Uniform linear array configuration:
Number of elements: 48
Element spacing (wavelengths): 0.5
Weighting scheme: blackman
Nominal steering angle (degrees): -60
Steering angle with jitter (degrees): -60.83
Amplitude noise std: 0.05
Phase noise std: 0.05

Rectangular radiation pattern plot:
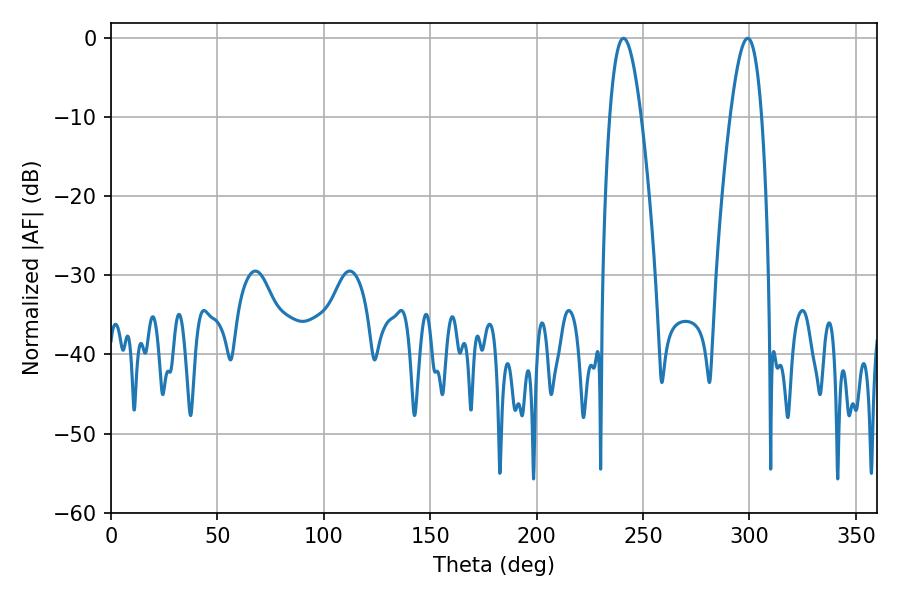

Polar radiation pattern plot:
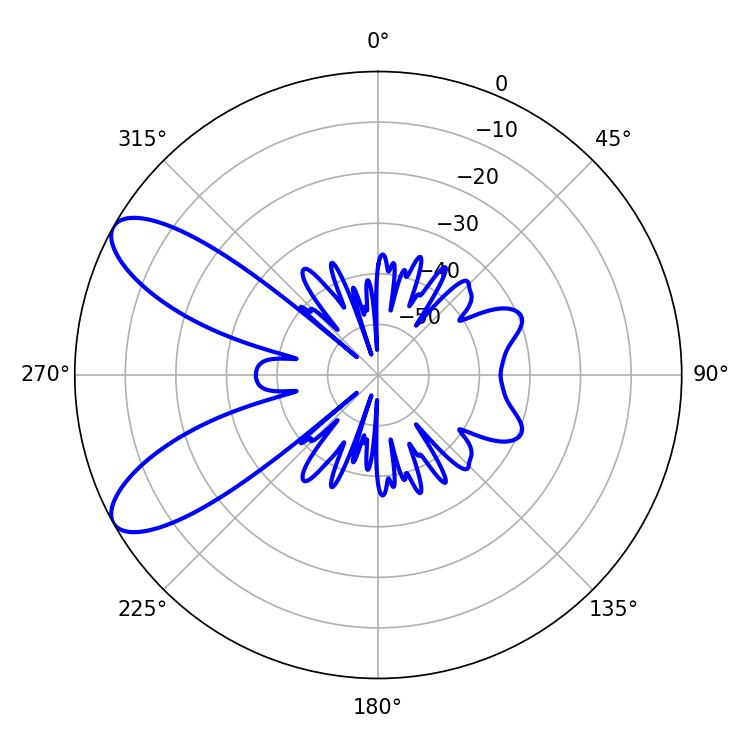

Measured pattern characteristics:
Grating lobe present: FALSE
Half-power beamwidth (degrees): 8.1
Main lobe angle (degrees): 240.84